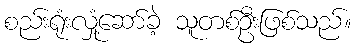
စည်းရုံးလှုံ့ဆော်ခဲ့ သူတစ်ဦးဖြစ်သည်။